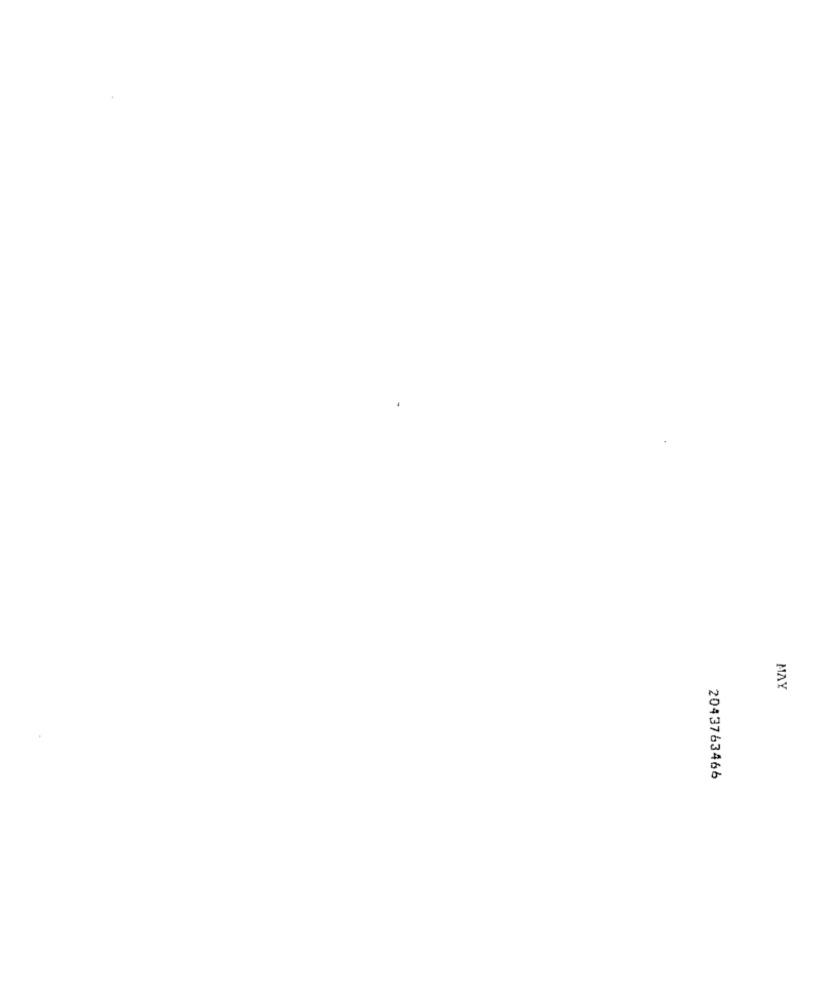
MAY
2043763466